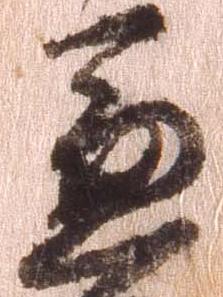
兼